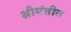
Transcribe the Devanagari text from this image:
श्रीमंतीत